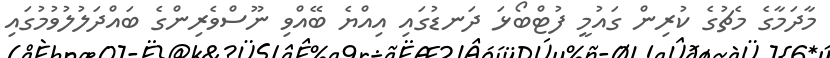
މާދަމާގެ މެޗުގެ ކުރިން ގައުމީ ފުޓްބޯޅަ ދަނޑުގައި އިއްޔެ ބޭއްވި ނޫސްވެރިންގެ ބައްދަލުލުވުމުގައި